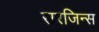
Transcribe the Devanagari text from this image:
सरजिन्स